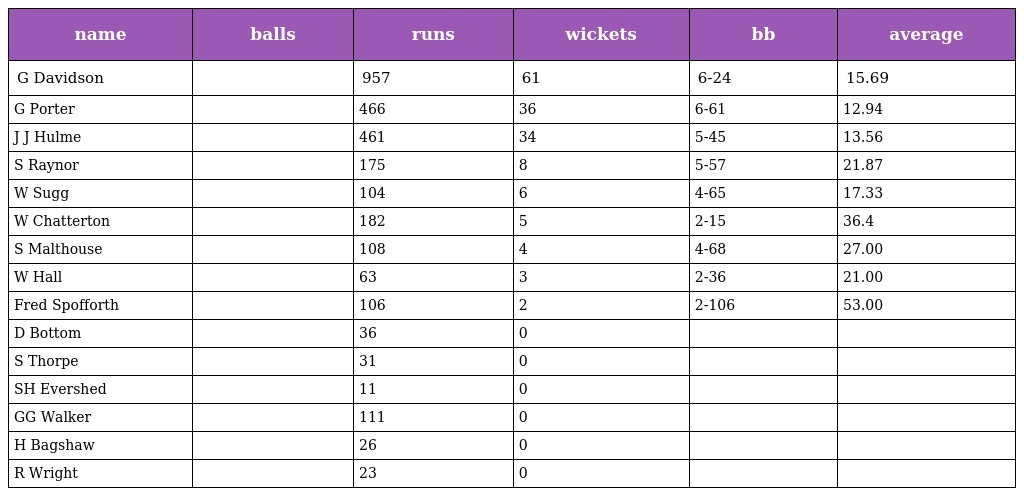
| name | balls | runs | wickets | bb | average |
 | --- | --- | --- | --- | --- | --- |
 | G Davidson |  | 957 | 61 | 6-24 | 15.69 |
 | G Porter |  | 466 | 36 | 6-61 | 12.94 |
 | J J Hulme |  | 461 | 34 | 5-45 | 13.56 |
 | S Raynor |  | 175 | 8 | 5-57 | 21.87 |
 | W Sugg |  | 104 | 6 | 4-65 | 17.33 |
 | W Chatterton |  | 182 | 5 | 2-15 | 36.4 |
 | S Malthouse |  | 108 | 4 | 4-68 | 27.00 |
 | W Hall |  | 63 | 3 | 2-36 | 21.00 |
 | Fred Spofforth |  | 106 | 2 | 2-106 | 53.00 |
 | D Bottom |  | 36 | 0 |  |  |
 | S Thorpe |  | 31 | 0 |  |  |
 | SH Evershed |  | 11 | 0 |  |  |
 | GG Walker |  | 111 | 0 |  |  |
 | H Bagshaw |  | 26 | 0 |  |  |
 | R Wright |  | 23 | 0 |  |  |